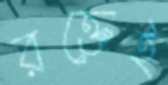
রক্তেই